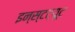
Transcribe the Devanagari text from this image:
इन्स्टट्यूट